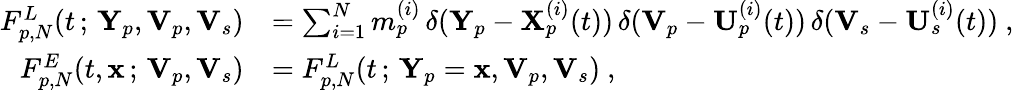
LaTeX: \begin{array}{rl}{F_{p,N}^{L}(t\, ;\, \mathbf{Y}_{p},\mathbf{V}_{p},\mathbf{V}_{s})}&{=\sum_{i=1}^{N}m_{p}^{(i)}\, \delta(\mathbf{Y}_{p}-\mathbf{X}_{p}^{(i)}(t))\, \delta(\mathbf{V}_{p}-\mathbf{U}_{p}^{(i)}(t))\, \delta(\mathbf{V}_{s}-\mathbf{U}_{s}^{(i)}(t))~,}\\ {F_{p,N}^{E}(t,\mathbf{x}\, ;\, \mathbf{V}_{p},\mathbf{V}_{s})}&{=F_{p,N}^{L}(t\, ;\, \mathbf{Y}_{p}=\mathbf{x},\mathbf{V}_{p},\mathbf{V}_{s})~,}\end{array}